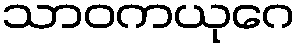
သာဝကယုဂေ